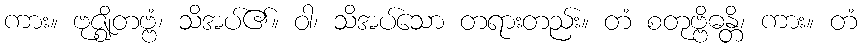
ကား။ ဗုဇ္ဈိတဗ္ဗံ၊ သိအပ်၏။ ဝါ၊ သိအပ်သော တရားတည်း။ တံ စတုဗ္ဗိဓန္တိ၊ ကား။ တံ